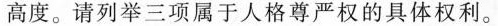
高度。请列举三项属于人格尊严权的具体权利。